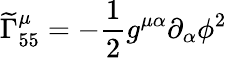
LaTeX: {\widetilde{\Gamma}}_{55}^{\mu}=-{\frac{1}{2}}g^{\mu\alpha}\partial_{\alpha}\phi^{2}